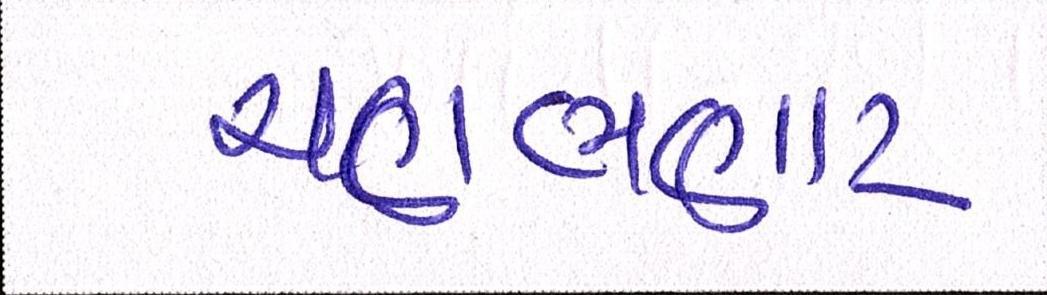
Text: ચણભણાટ